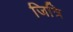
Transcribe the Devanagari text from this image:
जित्रि